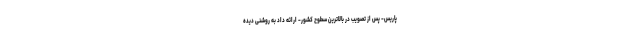
پاریس- پس از تصویب در بالاترین سطوح کشور- ارائه داد به روشنی دیده